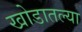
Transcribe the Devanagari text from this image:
खोडातल्या